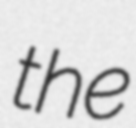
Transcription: the